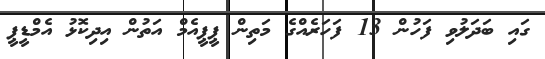
ގައި ބަދަލުވި ފަހުން 13 ފަހަރެއްގެ މަތިން ޕީޕީއެމް އަތުން އިދިކޮޅު އެމްޑީޕީ